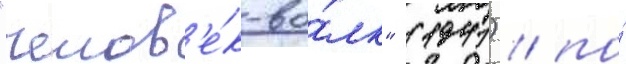
"челов'е́к-во́лк" (1941) / по́